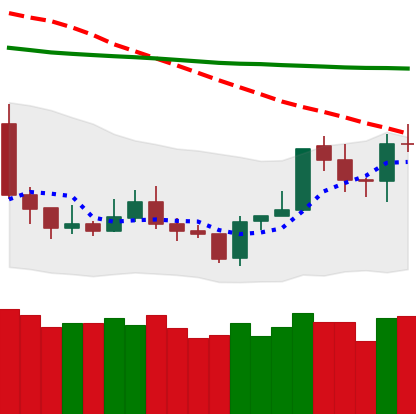
Ticker: TRX-USD
Chart end date: 2020-01-11
Forward return: 17.141%
Label: up_7plus